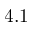
4 . 1